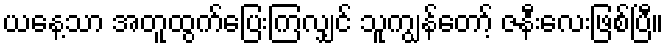
ယနေ့သာ အတူထွက်ပြေးကြလျှင် သူကျွန်တော့် ဇနီးလေးဖြစ်ပြီ။